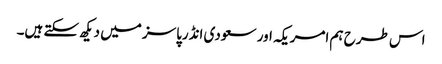
اس طرح ہم امریکہ اور سعودی انڈرپاسز میں دیکھ سکتے ہیں۔